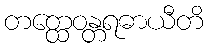
တတ္ထေဝန္တရဓာယီတိ